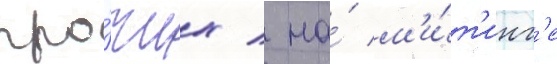
про́чих / на́ м'и́т'инг'е